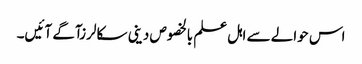
اس حوالے سے اہل علم بالخصوص دینی سکالرزآگے آئیں۔